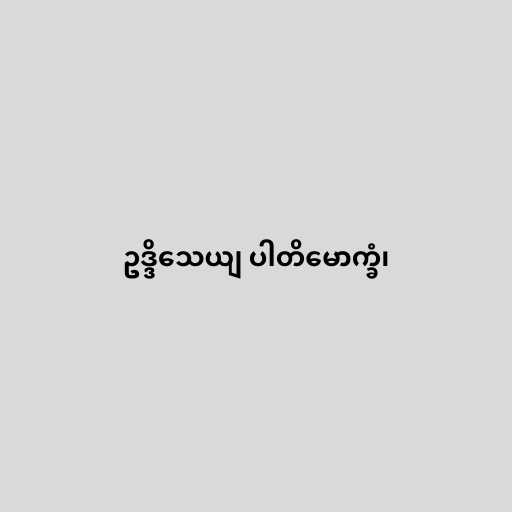
ဥဒ္ဒိသေယျ ပါတိမောက္ခံ၊